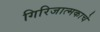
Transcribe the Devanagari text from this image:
गिरिजात्मकाचे